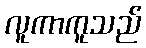
လူကာကူသည်